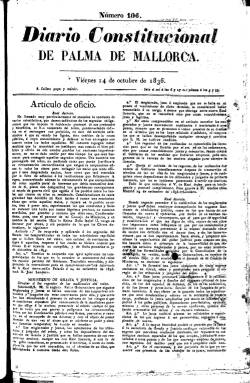
Título: Diario constitucional de Palma de Mallorca
Otros títulos: Diario constitucional de Palma || Diario constitucional
Colección: Periódicos anteriores a 1850
Ámbito geográfico: Baleares
Lugar de publicación: Palma de Malloca
Fechas: 14/10/1836-30/09/1839

A partir del 24 de agosto de 1836, al Diario balear que fundara en 1814 el impresor Felipe Guasp Barberi se le aplica el concepto “constitucional”, como ya lo había hecho durante el Trienio Liberal (1820-123). Ahora, adopta esta cabecera tras el motín de los sargentos de la Granja, del 12 de agosto, que obligó a la reina regente María Cristina a abolir el Estatuto Real de 1834 y reponer la Constitución de 1812, hasta que fue proclamada la de 1837, en la que quedará consagrado por vez primera el principio de “soberanía nacional” a la vez que en el sistema bicameral surjan el Congreso de los Diputados y el Senado.

Este título de Diario constitucional de Palma de Mallorca se mantendrá hasta diciembre de 1837, y durante todo el año 1838 es modificada levemente su cabecera, quedando como Diario constitucional de Palma, año este en el que pudo ser denunciado. No acaba aquí la modificación en su título, pues desde el uno de enero de 1839 al 30 de septiembre de este mismo año se reduce más, quedando sólo como Diario constitucional. Durante este trienio, el establecimiento de Felipe Guasp se denominará Imprenta Nacional, que la regentará su hijo, Juan Guasp y Pascual, a partir del cuatro de junio de 1837 y hasta 1852. Anteriormente, entre 1834 y 1836 había adoptado el nombre de Imprenta Real.

Se trata del periodo que comprende los últimos años de la regencia de María Cristina del principal diario moderado o conservador mallorquí, escrito en castellano, cuya larga vida llegará hasta el siglo veinte. De cuatro páginas por entrega, modificará también su formato al reducirlo a partir del uno de enero de 1837. Compuesto a dos columnas, con artículos de oficio (normativa y legislación), remitidos o comunicados, y noticias extranjeras, de España y locales, con información sobre el movimiento portuario, órdenes de la plaza dictadas por las autoridades en la isla, o avisos de particulares. Resaltando en este periodo las ventas procedentes de la desamortización. Publicará también suplementos.

Durante este trienio, además, quedarán configurados los partidos en España, el Moderado y el Progresista. En el primero, militarán el general Ramón María Narváez o Antonio Alcalá Galiano, mientras que en el segundo, lo hacen el general Baldomero Espartero o Salustiano Olózaga, entre otros, quedando estos últimos relegados del poder. El periodo se cerrará con el final de la guerra carlista que había empezado en 1833, y acabará con el abrazo de Vergara, el 31 de agosto de 1839.

La última entrega en la colección de la Biblioteca Nacional de España con el título Diario constitucional es la que corresponde al 30 de septiembre de 1839, cuando se venía indicando como editor responsable a Felipe Guasp. Continuará, de nuevo, como Diario constitucional de Palma.